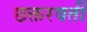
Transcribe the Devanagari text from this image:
छक्तरवर्ती